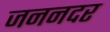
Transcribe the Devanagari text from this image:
जननदर